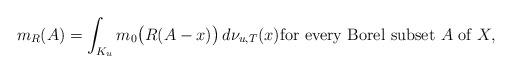
LaTeX: \begin{align*}m_{R}(A)=\int_{K_{u}}m_{0}\bigl(R(A-x) \bigr)\,d\nu _{u,T}(x)\textrm{for every Borel subset}\ A\ \textrm{of}\ X,\end{align*}